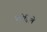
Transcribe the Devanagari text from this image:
फोडिले